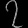
Digit: ၇